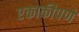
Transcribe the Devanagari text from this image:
एकाकीपणे